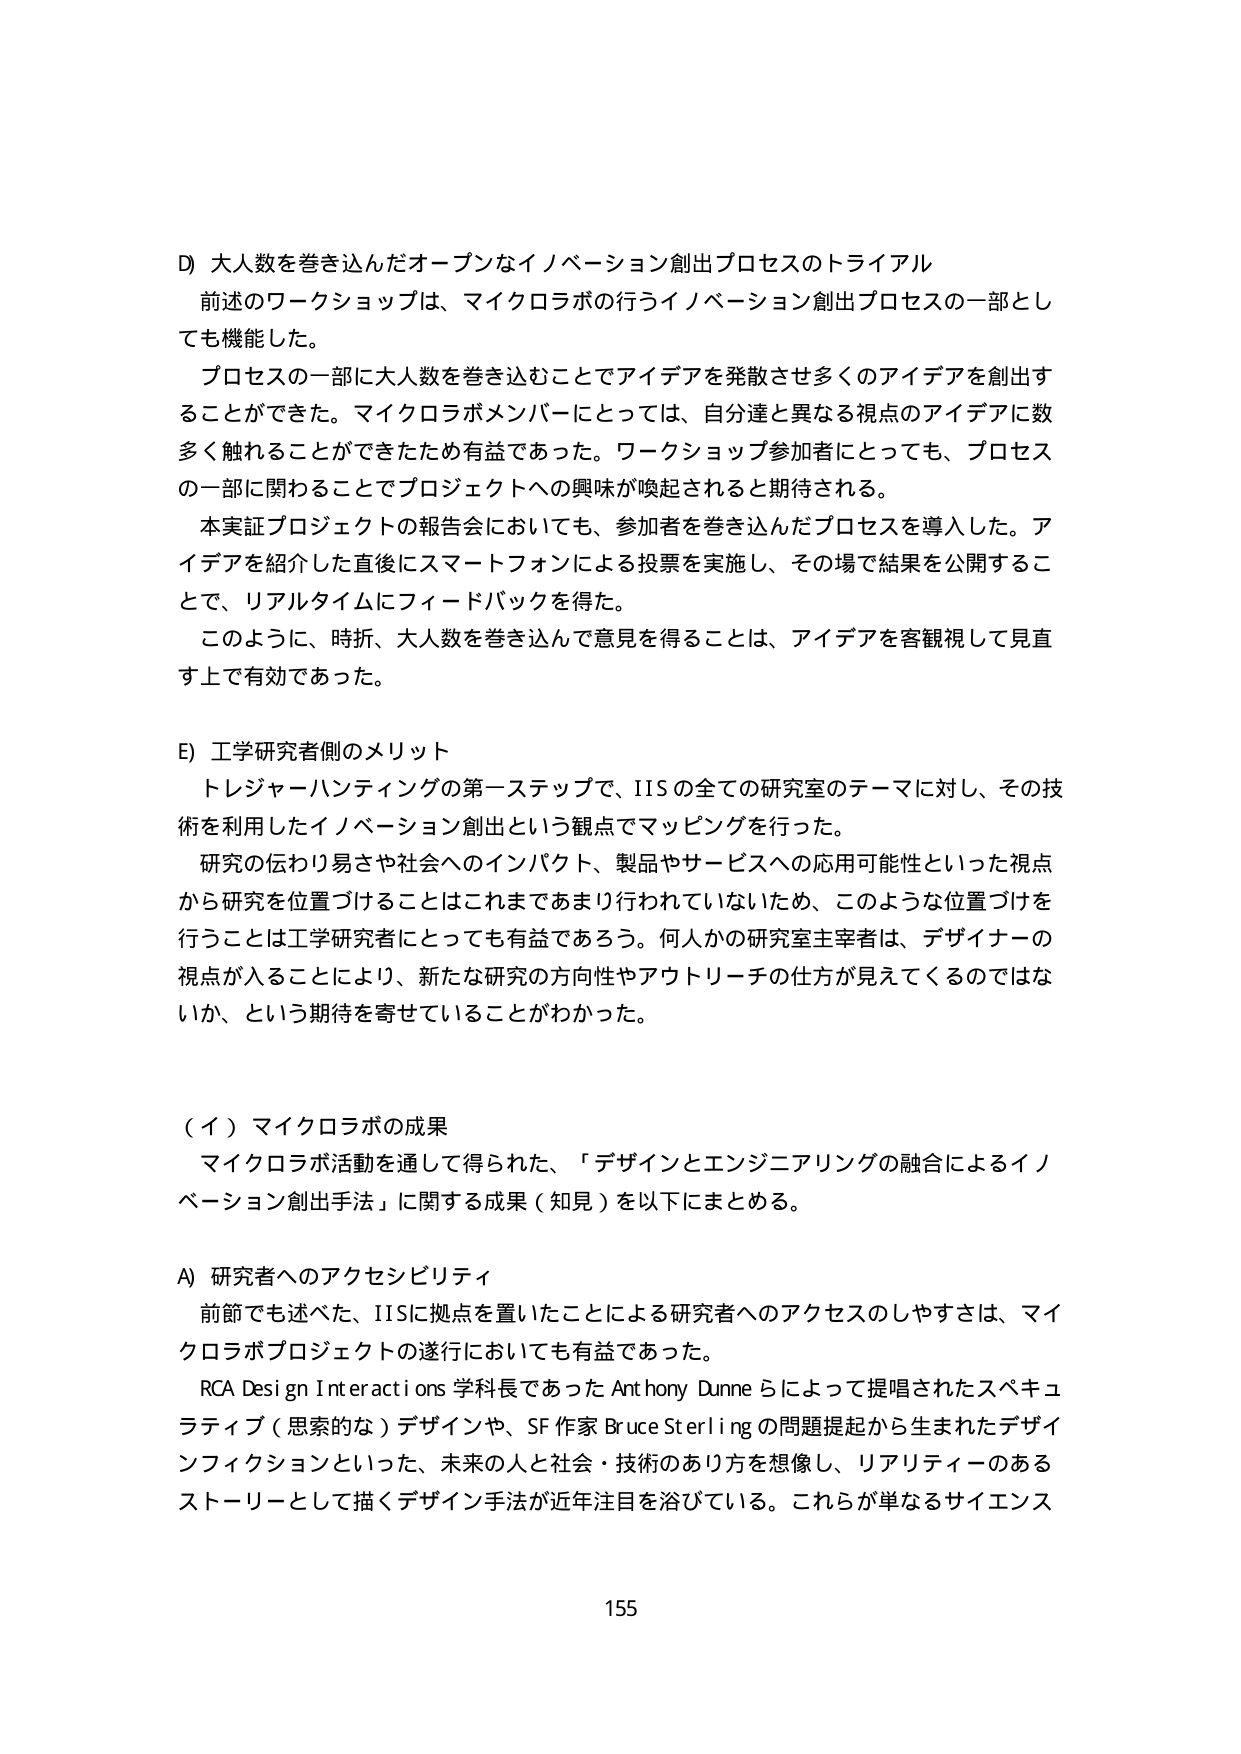
D) 大人数を巻き込んだオープンなイノベーション創出プロセスのトライアル
前述のワークショップは、マイクロラボの行うイノベーション創出プロセスの一部としても機能した。
プロセスの一部に大人数を巻き込むことでアイデアを発散させ多くのアイデアを創出することができた。マイクロラボメンバーにとっては、自分達と異なる視点のアイデアに数多く触れることができたため有益であった。ワークショップ参加者にとっても、プロセスの一部に関わることでプロジェクトへの興味が喚起されると期待される。
本実証プロジェクトの報告会においても、参加者を巻き込んだプロセスを導入した。アイデアを紹介した直後にスマートフォンによる投票を実施し、その場で結果を公開することで、リアルタイムにフィードバックを得た。
このように、時折、大人数を巻き込んで意見を得ることは、アイデアを客観視して見直す上で有効であった。

E) 工学研究者側のメリット
トレジャーハンティングの第一ステップで、IISの全ての研究室のテーマに対し、その技術を利用したイノベーション創出という観点でマッピングを行った。
研究の伝わり易さや社会へのインパクト、製品やサービスへの応用可能性といった視点から研究を位置づけることはこれまであまり行われていないため、このような位置づけを行うことは工学研究者にとっても有益であろう。何人かの研究室主宰者は、デザイナーの視点が入ることにより、新たな研究の方向性やアウトリーチの仕方が見えてくるのではないか、という期待を寄せていることがわかった。

（イ）マイクロラボの成果
マイクロラボ活動を通して得られた、「デザインとエンジニアリングの融合によるイノベーション創出手法」に関する成果（知見）を以下にまとめる。

A) 研究者へのアクセシビリティ
前節でも述べた、IISに視点を置いたことによる研究者へのアクセスのしやすさは、マイクロラボプロジェクトの遂行においても有益であった。
RCA Design Interactions 学科長であった Anthony Dunne らによって提唱されたスペキュラティブ（思索的な）デザインや、SF作家 Bruce Sterling の問題提起から生まれたデザインフィクションといった、未来の人と社会・技術のあり方を想像し、リアリティーのあるストーリーとして描くデザイン手法が近年注目を浴びている。これらが単なるサイエンス

155